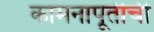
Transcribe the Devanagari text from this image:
कामनापूर्तीची